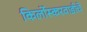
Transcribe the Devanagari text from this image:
किर्लोस्करवाडीचे